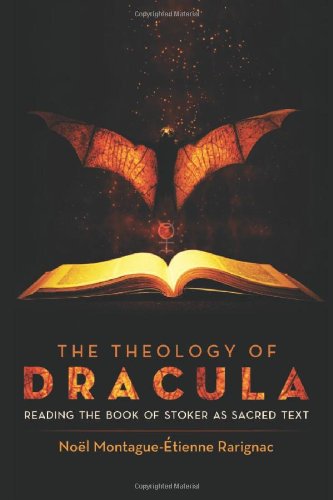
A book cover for The Theology of Dracula: Reading the Book of Stoker as Sacred Text; Noel Montague-Etienne Rarignac; Literature & Fiction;